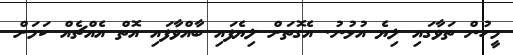
މީހުން ތަވާގައި ލިޔެ އުޅުނު. އެގޮތަށް ލިޔެފައި ބާއްވާފައި އޮތް އެއްޗެއް ކަމަށް